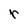
Character: r